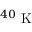
{ } ^ { 4 0 } \mathrm { ~ K ~ }